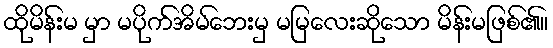
ထိုမိန်းမ မှာ မပိုက်အိမ်ဘေးမှ မမြလေးဆိုသော မိန်းမဖြစ်၏။